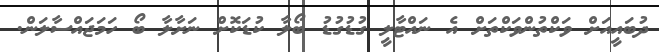
ދުބައީއަށް ވަކްތުންވަކްތަށް އެ ނައްޓާލީ ގުޑުގުޑު ބޯލާ ކުޑަކޮށް ނަށާލާ ބޯ ހަމަޖައްސާލަން.